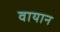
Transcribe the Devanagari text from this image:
वायान